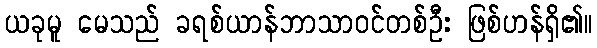
ယခုမူ မေသည် ခရစ်ယာန်ဘာသာဝင်တစ်ဦး ဖြစ်ဟန်ရှိ၏။